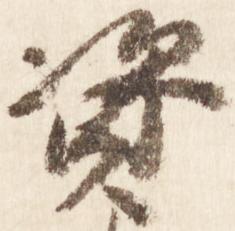
資